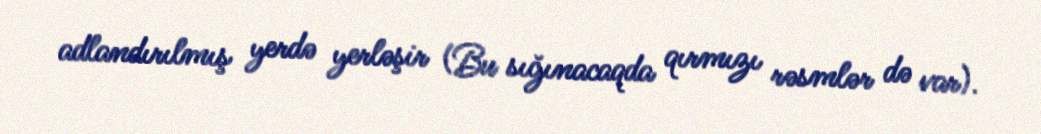
adlandırılmış yerdə yerləşir (Bu sığınacaqda qırmızı rəsmlər də var).